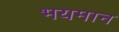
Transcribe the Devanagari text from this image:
भयमान